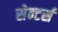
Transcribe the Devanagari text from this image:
सेन्टर्स